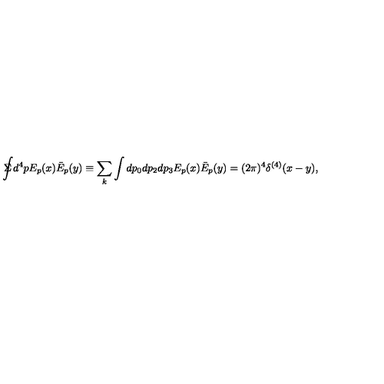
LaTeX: \Sigma \! \! \! \! \! \displaystyle { \int } d ^ { 4 } p E _ { p } ( x ) \bar { E } _ { p } ( y ) \equiv \sum _ { k } \int d p _ { 0 } d p _ { 2 } d p _ { 3 } E _ { p } ( x ) \bar { E } _ { p } ( y ) = ( 2 \pi ) ^ { 4 } \delta ^ { ( 4 ) } ( x - y ) ,